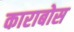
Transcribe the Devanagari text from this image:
काराबोस